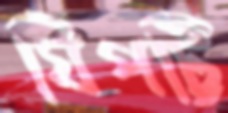
ঘিপট্টি